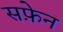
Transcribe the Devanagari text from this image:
सफ़ेन